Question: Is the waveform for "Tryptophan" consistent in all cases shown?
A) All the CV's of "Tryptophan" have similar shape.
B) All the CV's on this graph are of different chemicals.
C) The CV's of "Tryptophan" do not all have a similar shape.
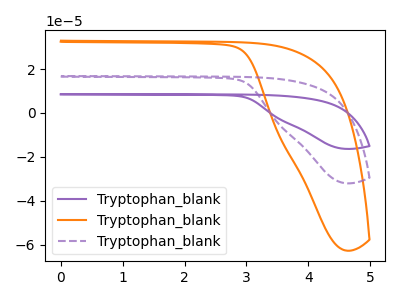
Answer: <think>The purple curve "Tryptophan_blank1" has no peaks. The orange curve "Tryptophan_blank2" has no peaks. The purple dashed curve "Tryptophan_blank3" has no peaks.
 Neither "Tryptophan_blank1" or "Tryptophan_blank2" have any peaks. Neither "Tryptophan_blank1" or "Tryptophan_blank3" have any peaks. Neither "Tryptophan_blank2" or "Tryptophan_blank3" have any peaks.</think>
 <answer>A) All the CV's of "Tryptophan" have similar shape.</answer>
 <eval>A</eval>